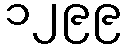
၁၂၉၉